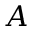
A